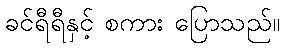
ခင်ရီရီနှင့် စကား ပြောသည်။